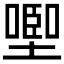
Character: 𰊩